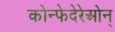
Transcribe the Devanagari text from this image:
कोन्फेदेरेओन्